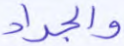
والجراد